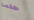
حلمنا